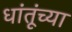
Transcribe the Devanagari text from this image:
धांतूंच्या